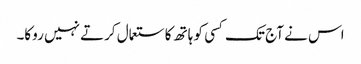
اس نے آج تک کسی کو ہاتھ کا ستعمال کرتے نہیں روکا۔